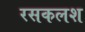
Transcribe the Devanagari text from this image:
रसकलश